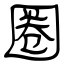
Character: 圈